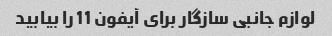
لوازم جانبی سازگار برای آیفون 11 را بیابید